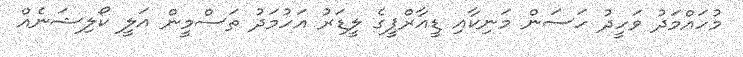
މުހައްމަދު ވަހީދު ހަސަން މަނިކާއި ޑީއާރްޕީގެ ލީޑަރު އަހުމަދު ތަސްމީން އަލީ ކޯލިޝަނެއް